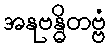
အနုဗန္ဓိတဗ္ဗံ